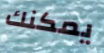
يمكنك